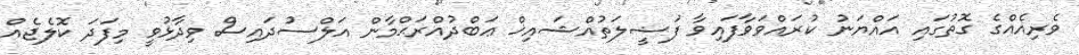
ވެރިއެއްގެ ގޮތުގައި އައްޔަނު ކުރައްވަވާފައިވާ ފަޟީލަތުއްޝައިޚް ޢަބްދުއްރަޙްމާން އަލްސުދައިސް ވިދާޅުވީ މިފަދަ ކޮލެޖެއް